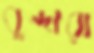
বুন্দারা